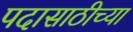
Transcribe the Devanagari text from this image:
पदासाठीच्या